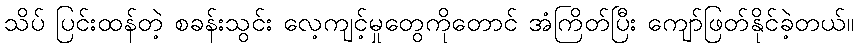
သိပ် ပြင်းထန်တဲ့ စခန်းသွင်း လေ့ကျင့်မှုတွေကိုတောင် အံကြိတ်ပြီး ကျော်ဖြတ်နိုင်ခဲ့တယ်။